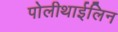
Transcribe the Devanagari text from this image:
पोलीथाईलिन